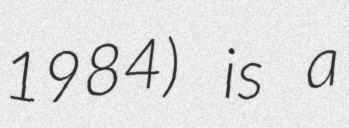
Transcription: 1984) is a